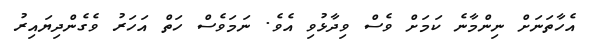
އެހާތަނަށް ނިންމާނެ ކަމަށް ވެސް ވިދާޅުވި އެވެ. ނަމަވެސް ހަތް އަހަރު ވެގެންދިޔައިރު